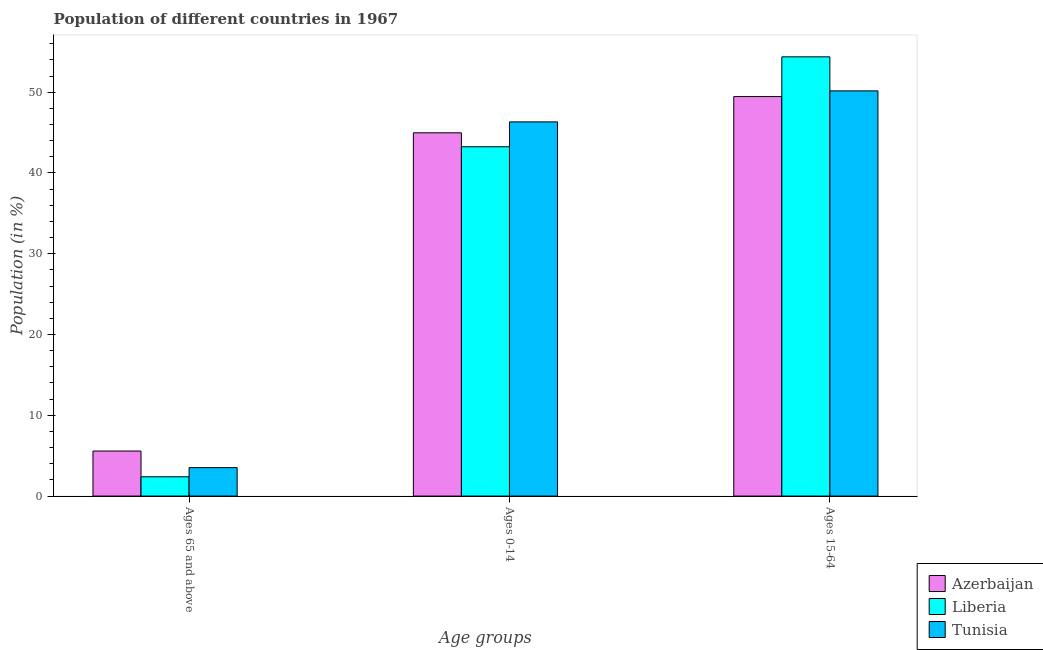
| Age groups | Azerbaijan | Liberia | Tunisia |
 | --- | --- | --- | --- |
 | Ages 65 and above | 5.57 | 2.39 | 3.52 |
 | Ages 0-14 | 45 | 43.2 | 46.3 |
 | Ages 15-64 | 49.5 | 54.4 | 50.2 |